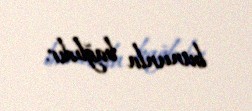
bununla bağlıdır.